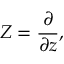
Z = { \frac { \partial } { \partial z } } ,